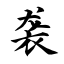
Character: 袭